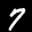
Label: 7